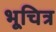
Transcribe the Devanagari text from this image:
भूचित्र